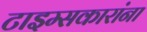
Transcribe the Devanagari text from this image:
टाइम्सकारांना